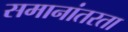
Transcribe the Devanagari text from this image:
समानांतरता